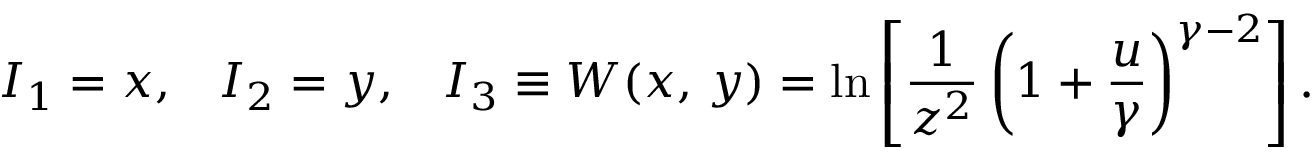
I _ { 1 } = x , \; \; \; I _ { 2 } = y , \; \; \; I _ { 3 } \equiv W ( x , \, y ) = \ln \left[ { \frac { 1 } { z ^ { 2 } } } \left( 1 + { \frac { u } { \gamma } } \right) ^ { \gamma - 2 } \right] .